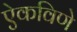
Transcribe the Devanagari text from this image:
ऐकविणे